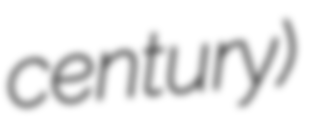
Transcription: century)